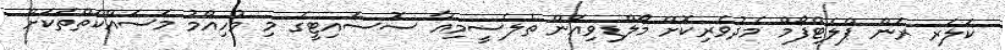
ކަލަރ ރަން ޕްލެޓްފޯމް މެދުވެރިކޮށް މޯލްޑިވިއަން ތެލެސީމިއާ ސޮސައިޓީގެ މި މުހިއްމު މަސައްކަތްތަކަށް